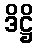
ဒိဋ္ဌိ